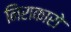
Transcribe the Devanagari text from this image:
निराकारो